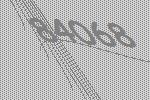
84068